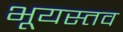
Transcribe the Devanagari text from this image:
भूयस्तव